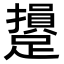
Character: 𨆥